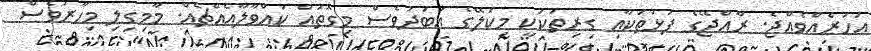
އަހަރެއްވެއްޖެ. ރާއްޖޭގެ ފަޅުތަކާއި ގިރިތަކަކީ މިކަލޭގެ އަބަދުވެސް މިގޮތައް ކައްވާލާއެއްޗެއް. މާމިގިލި މިހާރުވެސް